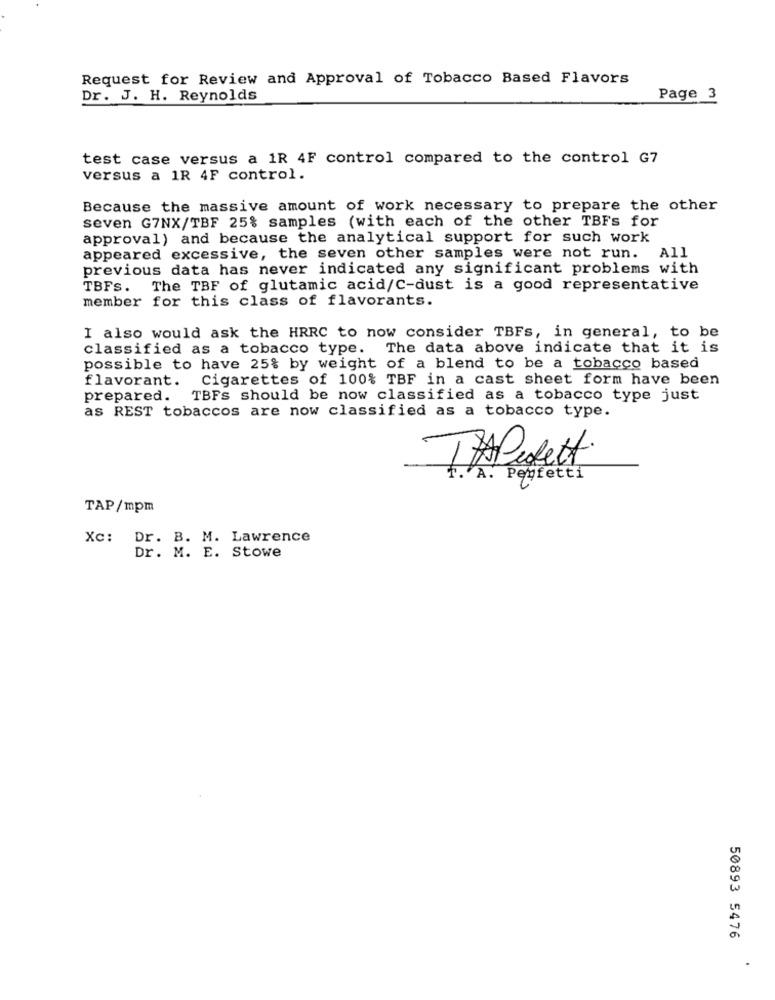
Request for Review and Approval of Tobacco Based Flavors
Dr. J. H. Reynolds
Page 3
test case versus a 1R 4F control compared to the control G7
versus a 1R 4F control.
Because the massive amount of work necessary to prepare the other
seven G7NX/TBF 25% samples (with each of the other TBFs for
approval) and because the analytical support for such work
appeared excessive, the seven other samples were not run. All
previous data has never indicated any significant problems with
TBFs. The TBF of glutamic acid/C-dust is a good representative
member for this class of flavorants.
I also would ask the HRRC to now consider TBFs, in general, to be
classified as a tobacco type. The data above indicate that it is
possible to have 25% by weight of a blend to be a tobacco based
flavorant. Cigarettes of 100% TBF in a cast sheet form have been
prepared. TBFs should be now classified as a tobacco type just
as REST tobaccos are now classified as a tobacco type.
TAPedett
A. Perfetti
TAP/mpm
Xc: Dr. B. M. Lawrence
Dr. M. E. Stowe
50893 5476